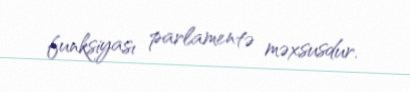
funksiyası parlamentə məxsusdur.